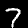
Label: 7